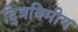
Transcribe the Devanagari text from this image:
द्त्रिविमीय